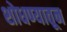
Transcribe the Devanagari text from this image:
शोधण्यातून